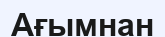
Ағымнан